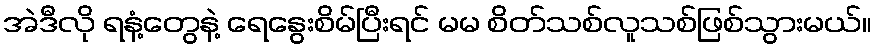
အဲဒီလို ရနံ့တွေနဲ့ ရေနွေးစိမ်ပြီးရင် မမ စိတ်သစ်လူသစ်ဖြစ်သွားမယ်။